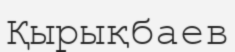
Қырықбаев